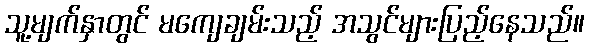
သူ့မျက်နှာတွင် မကျေချမ်းသည့် အသွင်များပြည့်နေသည်။